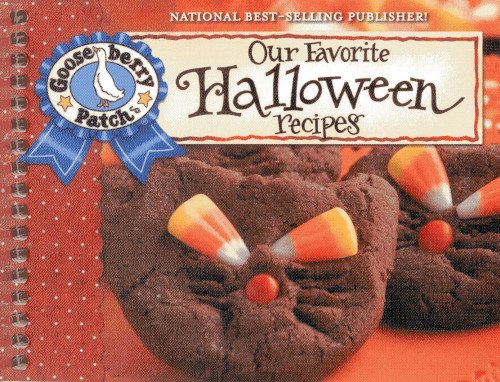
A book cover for Our Favorite Halloween Recipes Cookbook: Jack-O-Lanterns, Hayrides and a Big Harvest Moon...It Must Be Halloween! Find Tasty Treats That Aren't Tricky ... Tips too! (Our Favorite Recipes Collection); Gooseberry Patch; Cookbooks, Food & Wine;